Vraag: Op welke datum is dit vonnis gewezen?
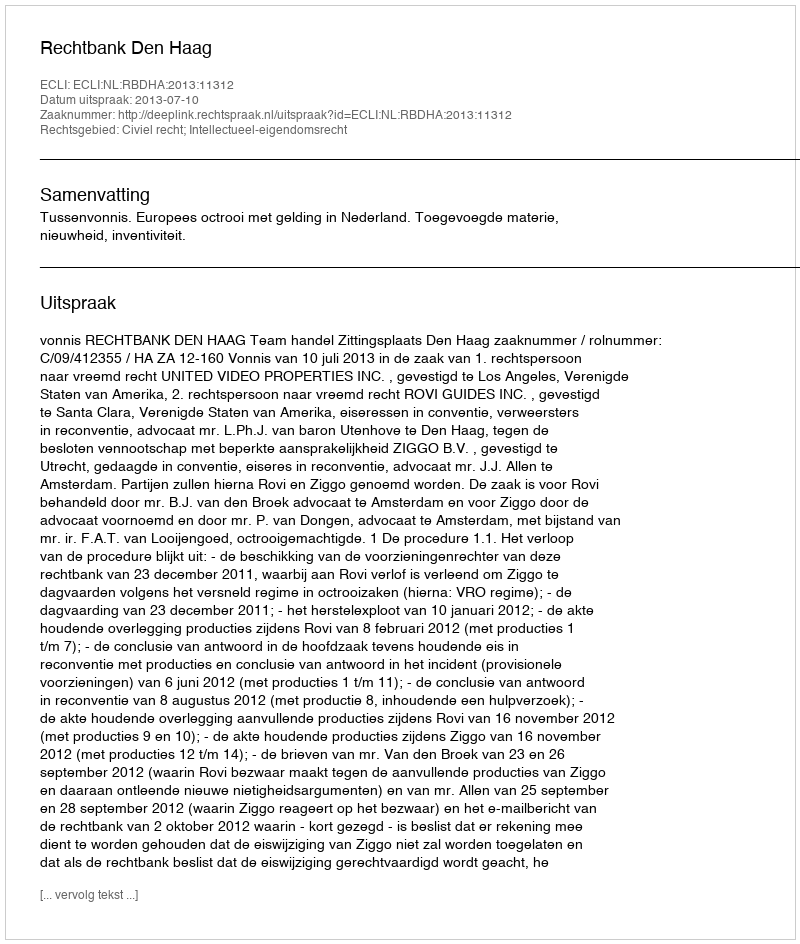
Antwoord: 2013-07-10